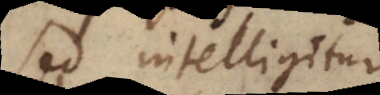
sed intelligitur